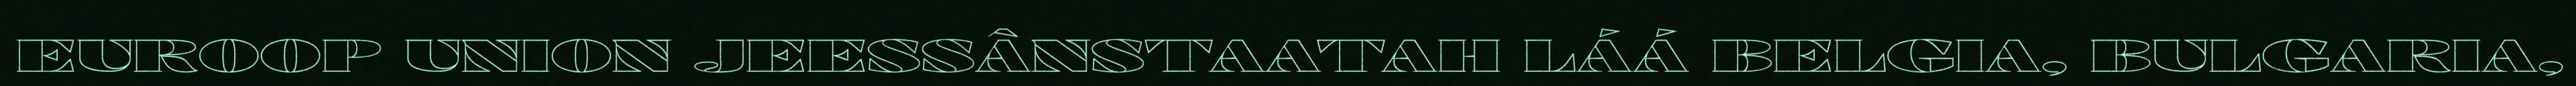
EUROOP UNION JEESSÂNSTAATAH LÁÁ BELGIA, BULGARIA,